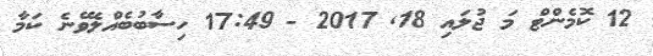
12 ކޮމެންޓް މަ ޖުލައި 18